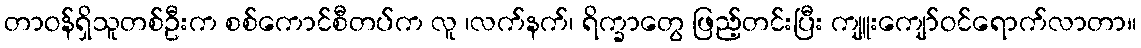
တာဝန်ရှိသူတစ်ဦးက စစ်ကောင်စီတပ်က လူ ၊လက်နက်၊ ရိက္ခာတွေ ဖြည့်တင်းပြီး ကျူးကျော်ဝင်ရောက်လာတာ။